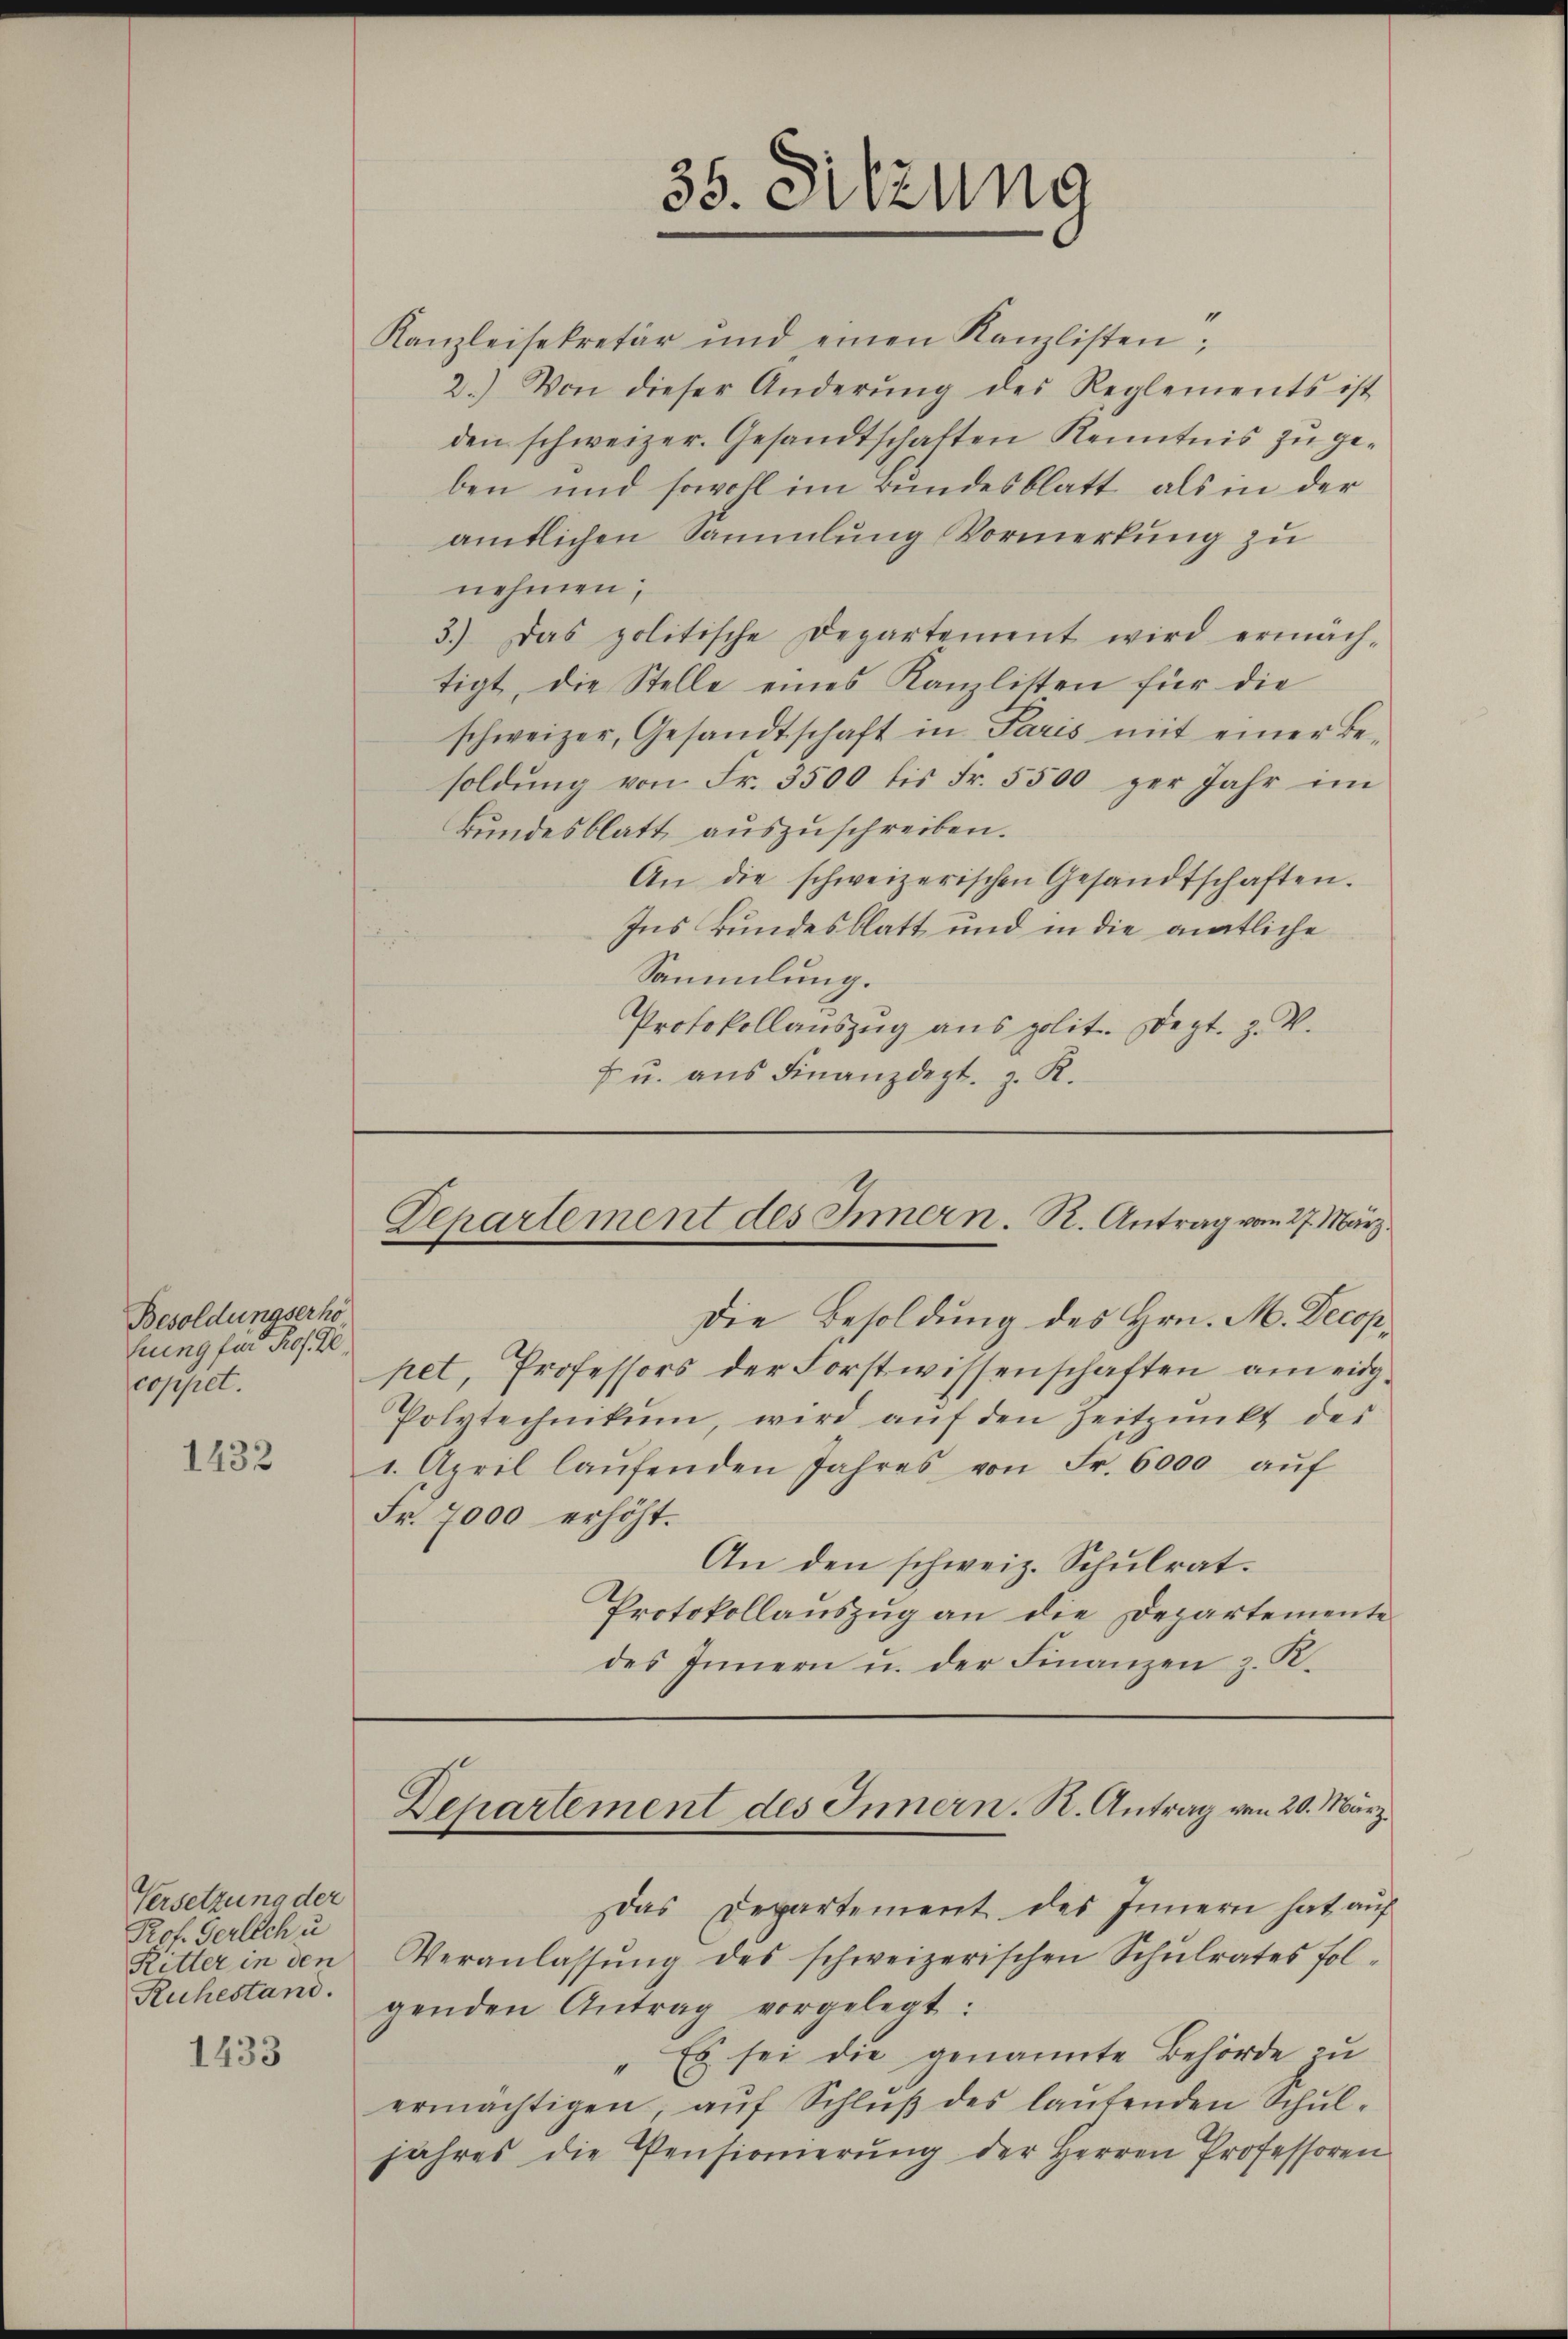
Besoldungserhö
hrung für Prof. Kl
coppet.

1432

Versetzung der
Prof. Gerlich u
Ritter in den
Ruhestand.

1433

Kanzleisekretär und einen Kanzlisten;
2.) Von dieser Änderŭng des Reglements ist
den schweizer. Gesandtschaften Kenntnis zu geben und sowohl im Bundesblatt, als in der
amtlichen Sammlung Vormerkung zu
nehmen,
3.) Das politische Departement wird ermäch-
tigt, die Stelle eines Kanzlisten für die
schweizer, Gesandtschaft in Paris mit einer Besoldung von Fr. 3500 bis Fr. 5500 per Jahr im
Bundesblatt auszuschreiben.
An die schweizerischen Gesandtschaften.
Ins Bundesblatt und in die amtliche
Sammlung.
Protokollauszug aus polit. Sept. Z. V.
 u. aus Finanzdept. z. R.

Die Besoldung des Hrn. M. Decoppet, Professors der Forstwissenschaften am eidg-
Polytechnikum, wird aŭf den Zeitpunkt der
1. April laŭfenden Jahres von Fr. 6000 aŭf
Fr. 7000 erhöht.
An den schweiz. Schulrat.
Protokollauszug an die Departemente
des Innern u. der Finanzen z. K.

35. Sitzung

Departement des Innern. R. Antrag vom 27. März.

Das Departement des Innern hat auf
Veranlassŭng des schweizerischen Schŭlrates fol-
genden Antrag vorgelegt:
Es sei die genannte Behörde zu
ermächtigen, aŭf Schlŭβ des lautenden Schŭl-
jahres die Pensionierŭng der Herren Professoren

Departement des Innern. K. Antrag von 20. März.